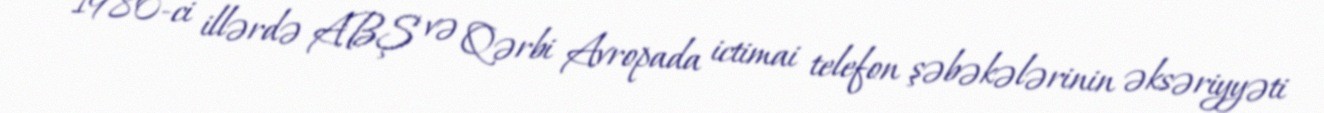
1980-ci illərdə ABŞ və Qərbi Avropada ictimai telefon şəbəkələrinin əksəriyyəti